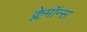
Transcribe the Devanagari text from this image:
क्लेमॉन्स